Report on vaccination North-West Frontier Province 1904-1922 - 1904-1922
Year: 1904
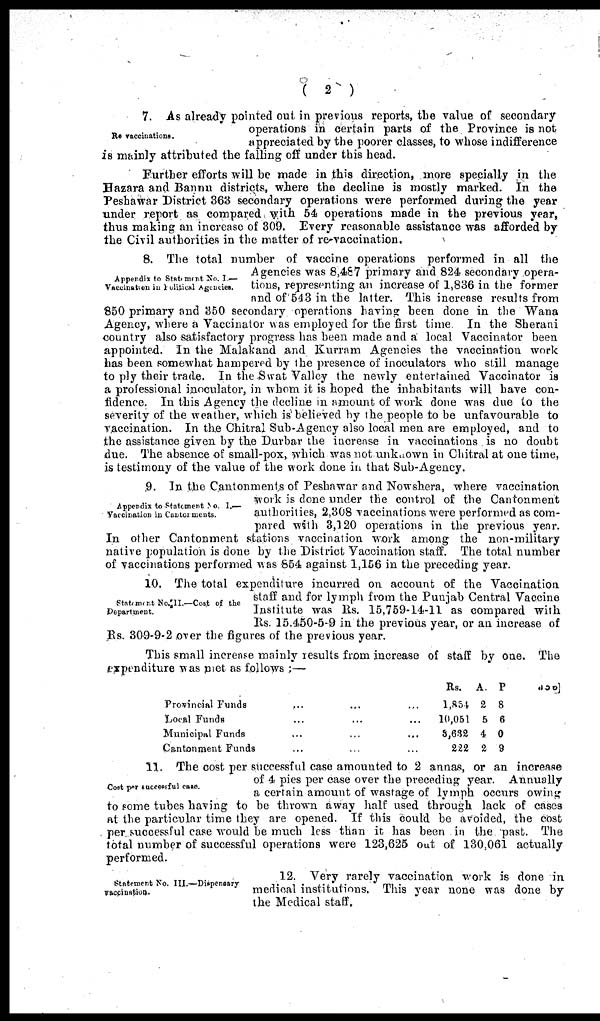
( 2 )
Re-vaccinations.
7. As already pointed out in previous reports, the value of secondary
operations in certain parts of the Province is not
appreciated by the poorer classes, to whose indifference
is mainly attributed the falling off under this head.
Further efforts will be made in this direction, more specially in the
Hazara and Bannu districts, where the decline is mostly marked. In the
Peshawar District 363 secondary operations were performed during the year
under report as compared with 54 operations made in the previous year,
thus making an increase of 309. Every reasonable assistance was afforded by
the Civil authorities in the matter of re-vaccination.
Appendix to Statement No. I.—
Vaccination in Political Agencies.
8. The total number of vaccine operations performed in all the
Agencies was 8,487 primary and 824 secondary opera-
tions, representing an increase of 1,836 in the former
and of 543 in the latter. This increase results from
850 primary and 350 secondary operations having been done in the Wana
Agency, where a Vaccinator was employed for the first time In the Sherani
country also satisfactory progress has been made and a local Vaccinator been
appointed. In the Malakand and Kurram Agencies the vaccination work
has been somewhat hampered by the presence of inoculators who still manage
to ply their trade. In the Swat Valley the newly entertained Vaccinator is
a professional inoculator, in whom it is hoped the inhabitants will have con-
fidence. In this Agency the decline in amount of work done was due to the
severity of the weather, which is believed by the people to be unfavourable to
vaccination. In the Chitral Sub-Agency also local men are employed, and to
the assistance given by the Durbar the increase in vaccinations is no doubt
due. The absence of small-pox, which was not unknown in Chitral at one time,
is testimony of the value of the work done in that Sub-Agency.
Appendix to Statement No. I.—
Vaccination in Cantonments.
9. In the Cantonments of Peshawar and Nowshera, where vaccination
work is done under the control of the Cantonment
authorities, 2,308 vaccinations were performed as com-
pared with 3,120 operations in the previous year.
In other Cantonment stations vaccination work among the non-military
native population is done by the District Vaccination staff. The total number
of vaccinations performed was 854 against 1,156 in the preceding year.
Statement No.II.—Cost of the
Department.
10. The total expenditure incurred on account of the Vaccination
staff and for lymph from the Punjab Central Vaccine
Institute was Rs. 15,759-14-11 as compared with
Rs. 15.450-5-9 in the previous year, or an increase of
Rs. 30.9-9-2 over the figures of the previous year.
This small increase mainly results from increase of staff by one. The
expenditure was met as follows ;—
Provincial Funds
...
...
Local Funds ... ...
Municipal Funds ... ...
Cantonment Funds ... ...
Rs.
l,854
10,051
3,632
222
A.
2
5
4
2
P
8
6
0
9
Cost per successful case.
11. The cost per successful case amounted to 2 annas, or an increase
of 4 pies per case over the preceding year. Annually
a certain amount of wastage of lymph occurs owing
to some tubes having to be thrown away half used through lack of cases
at the particular time they are opened. If this could be avoided, the cost
per. successful case would be much less than it has been in the past. The
total number of successful operations were 123,625 out of 130,061 actually
performed.
Statement No. III.—Dispensary
vaccination.
12. Very rarely vaccination work is done in
medical institutions. This year none was done by
the Medical staff.